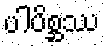
ပါပိစ္ဆဿ